Report on enteric fever
Disease focus: Fever
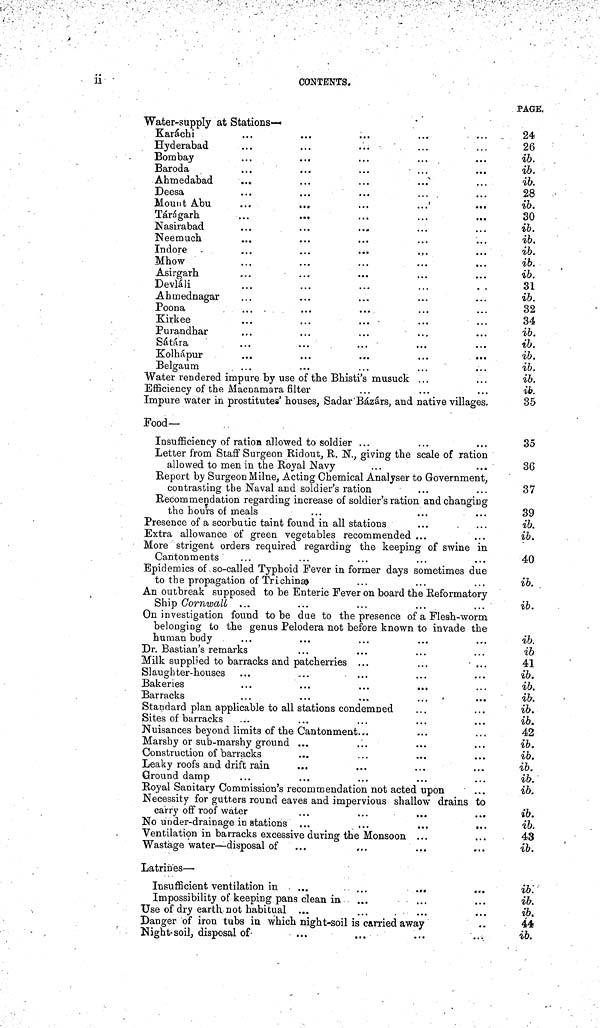
ii
CONTENTS.
Water-supply at Stations—
Karáchi
Hyderabad
Bombay
Baroda
Ahmedabad
Deesa
Mount Abu
Tárágarh
Nasirabad
Neemuch
Indore
Hhow
Asirgarh
Devláli
Ahmednagar
Poona
Kirkee
Purandhar
Sátára
Kolhápur
Belgaum
Water rendered impure by use of the Bhisti's musuck ...
Efficiency of the Macnamara filter
Impure water in prostitutes' houses, Sadar Bázárs, and native villages.
Food—
Insufficiency of ration allowed to soldier ...
Letter from Staff Surgeon Ridout, R. N., giving the scale of ration
allowed to men in the Royal Navy
Report by Surgeon Milne, Acting Chemical Analyser to Government,
contrasting the Naval and soldier's ration
Recommendation regarding increase of soldier's ration and changing
the hours of meals
Presence of a scorbutic taint found in all stations
Extra allowance of green vegetables recommended ...
More strigent orders required regarding the keeping of swine in
Cantonments
Epidemics of so-called Typhoid Fever in former days sometimes due
to the propagation of Trichinæ
An outbreak supposed to be Enteric Fever on board the Reformatory
Ship Cornwall ...
On investigation found to be due to the presence of a Flesh-worm
belonging to the genus Pelodera not before known to invade the
human body
Dr. Bastian's remarks
Milk supplied to barracks and patcherries ...
Slaughter-houses
Bakeries
Barracks
Standard plan applicable to all stations condemned
Sites of barracks
Nuisances beyond limits of the Cantonment.,.
Marshy or sub-marshy ground ...
...
Construction of barracks
Leaky roofs and drift rain
Ground damp
Royal Sanitary Commission's recommendation not acted upon
Necessity for gutters round eaves and impervious shallow drains to
carry off roof water
No under-drain age in stations ...
...
...
...
Ventilation in barracks excessive during the Monsoon ...
Wastage water — disposal of
...
Latrines —
Insufficient ventilation in . ...
...
.„.
Impossibility of keeping pans clean in
Use of dry earth not habitual ...
Danger of iron tubs in which night-soil is carried away
Night-soil, disposal of
...
PAGE.
24
26
ib.
ib.
ib.
28
ib.
30
ib.
ib.
ib.
ib.
ib.
31
ib.
32
34
ib.
ib.
ib.
ib.
ib.
ib.
35
35
3G
37
39
ib.
ib.
40
ib.
ib.
ib.
ib
41
ib.
ib.
ib.
ib.
ib.
42
ib.
ib.
ib.
ib.
ib.
ib.
ib.
43
ib.
ib:
ib.
ib.
44
ib.